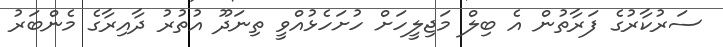
ސަރުކާރުގެ ފަރާތުން އެ ބިލް މަޖިލީހަށް ހުށަހެޅުއްވީ ތިނަދޫ އުތުރު ދާއިރާގެ މެންބަރު